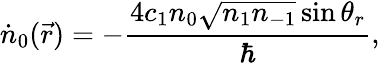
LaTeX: \dot{n}_{0}(\vec{r})=-\frac{4c_{1}n_{0}\sqrt{n_{1}n_{-1}}\sin\theta_{r}}{\hbar},